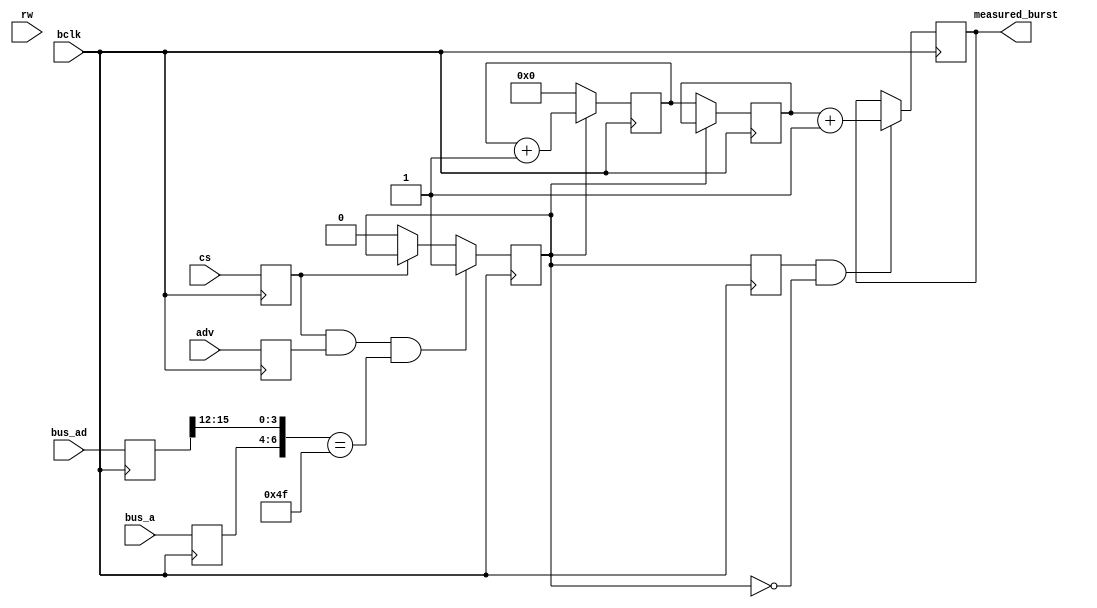
module eim_burstcnt(
		    input wire bclk,

		    // sync to bclk
		    input wire [15:0] bus_ad, // raw mux data
		    input wire [2:0] bus_a, // high address bits
		    input wire adv, // active high, so connect to !EIM_LBA
		    input wire rw,  // low = write, high = read, so connect to EIM_RW
		    input wire cs,  // active high, so connect to !EIM_CS[1]

		    output reg [15:0] measured_burst
		    );

   reg 				 activated;
   reg [15:0] 			 bus_ad_r;
   reg 				 cs_r;
   reg [2:0] 			 bus_a_r;
   reg 				 rw_r;
   reg 				 adv_r;

   reg [15:0] 			 burstcnt;
   reg [15:0] 			 finalcnt;

   reg 				 activated_d;
   
   always @(posedge bclk) begin
      bus_ad_r <= bus_ad;
      bus_a_r <= bus_a;
      cs_r <= cs;
      rw_r <= rw;
      adv_r <= adv;
      
      if( cs_r && adv_r && ({bus_a_r, bus_ad_r[15:12]} == 7'h4_F) ) begin // 0xc04_fxxx page for bursting
	 activated <= 1'b1;
      end else if( !cs_r ) begin
	 activated <= 1'b0;
      end else begin
	 activated <= activated;
      end // else: !if( !cs )

      if( !activated ) begin
	 finalcnt <= burstcnt;
	 burstcnt <= 16'h0;
      end else begin
	 burstcnt <= burstcnt + 16'h1;
	 finalcnt <= finalcnt;
      end

      activated_d <= activated;
      if( activated_d & !activated ) begin // on falling edge of activated...
	 measured_burst <= finalcnt + 1'b1; // account for 0-offset indexing
      end else begin
	 measured_burst <= measured_burst;
      end
   end // always @ (posedge clk)

   

endmodule